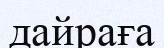
дайраға